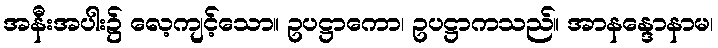
အနီးအပါး၌ လေ့ကျင့်သော။ ဥပဋ္ဌာကော၊ ဥပဋ္ဌာကသည်။ အာနန္ဒောနာမ၊